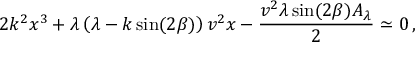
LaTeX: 2 { k ^ { 2 } } { x ^ { 3 } } + \lambda \left( \lambda - k \sin ( 2 \beta ) \right) v ^ { 2 } x - { \frac { { v ^ { 2 } } \lambda \sin ( 2 \beta ) A _ { \lambda } } { 2 } } \simeq 0 \, ,